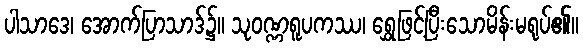
ပါသာဒေ၊ အောက်ပြာသာဒ်၌။ သုဝဏ္ဏရူပကဿ၊ ရွှေဖြင့်ပြီးသောမိန်းမရုပ်၏။